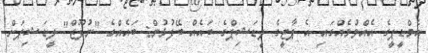
އެމްޑީޕީގެ އެއްވުމެއްގައި އެ ޕާޓީގެ ލީޑަޝިޕްގެ ބައެއް ބޭފުޅުން: ބައެއްގެ "ނުފޫޒް" ލީޑަޝިޕަށް